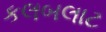
કલબલાટ